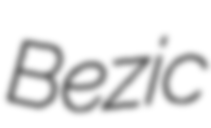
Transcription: Bezic